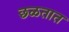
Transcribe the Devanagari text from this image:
छळतात